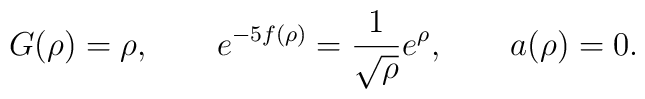
G(\rho)= \rho, \qquad e^{-5 f(\rho)}=\frac{1}{\sqrt{\rho}}e^{\rho}, \qquad a(\rho)=0.